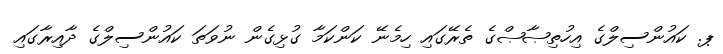
ޕ. ކައުންސިލްގެ އިހުތިޞާޞްގެ ތެރޭގައި ހިމެނޭ ކަންކަމާ ގުޅިގެން ނުވަތަ ކައުންސިލްގެ ދާއިރާގައި